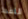
النفط